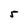
Character: 5